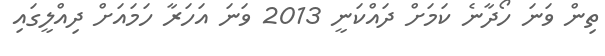
ތިން ވަނަ ހޯދާނެ ކަމަށް ދައްކަނީ 2013 ވަނަ އަހަރާ ހަމައަށް ދިއްލީގައި